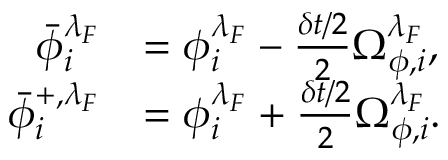
\begin{array} { r l } { \bar { \phi } _ { i } ^ { \lambda _ { F } } } & { = { \phi } _ { i } ^ { \lambda _ { F } } - \frac { \delta t / 2 } { 2 } \Omega _ { \phi , i } ^ { \lambda _ { F } } , } \\ { \bar { \phi } _ { i } ^ { + , \lambda _ { F } } } & { = { \phi } _ { i } ^ { \lambda _ { F } } + \frac { \delta t / 2 } { 2 } \Omega _ { \phi , i } ^ { \lambda _ { F } } . } \end{array}